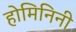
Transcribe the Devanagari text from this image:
होमिनिनी